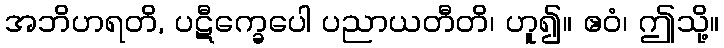
အဘိဟရတိ, ပဋီက္ခေပေါ ပညာယတီတိ၊ ဟူ၍။ ဧဝံ၊ ဤသို့။